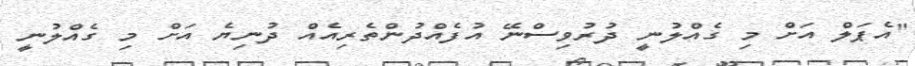
"އެޕަލް އަށް މި ގެއްލުނީ ދުރުވިސްނޭ އުފެއްދުންތެރިއެއް ދުނިޔެ އަށް މި ގެއްލުނީ